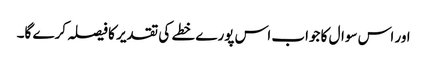
اور اس سوال کا جواب اس پورے خطے کی تقدیر کا فیصلہ کرے گا۔